Medical and sanitary report of the native army of Bengal for the year
Year: 1877
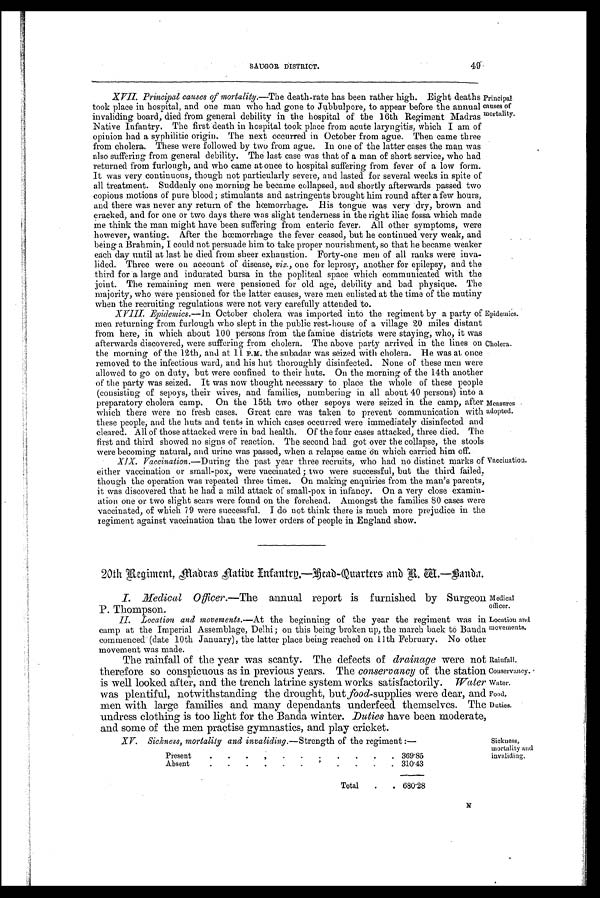
Epidemics.
Cholera.
49
SAUGOR DISTRICT.
XVII. Principal causes of mortality.—The death-rate has been rather high. Eight deaths
took place in hospital, and one man who had gone to Jubbulpore, to appear before the annual
invaliding board, died from general debility in the hospital of the 16th Regiment Madras
Native Infantry. The first death in hospital took place from acute laryngitis, which I am of
opinion had a syphilitic origin. The next occurred in October from ague. Then came three
from cholera. These were followed by two from ague. In one of the latter cases the man was
also suffering from general debility. The last case was that of a man of short service, who had
returned from furlough, and who came at once to hospital suffering from fever of a low form.
It was very continuous, though not particularly severe, and lasted for several weeks in spite of
all treatment. Suddenly one morning he became collapsed, and shortly afterwards passed two
copious motions of pure blood; stimulants and astringents brought him round after a few hours,
and there was never any return of the hœmorrhage. His tongue was very dry, brown and
cracked, and for one or two days there was slight tenderness in the right iliac fossa which made
me think the man might have been suffering from enteric fever. All other symptoms, were
however, wanting. After the hœmorrhage the fever ceased, but he continued very weak, and
being a Brahmin, I could not persuade him to take proper nourishment, so that he became weaker
each day until at last he died from sheer exhaustion. Forty-one men of all ranks were inva-
lided. Three were on account of disease, viz. , one for leprosy, another for epilepsy, and the
third for a large and indurated bursa in the popliteal space which communicated with the
joint. The remaining men were pensioned for old age, debility and bad physique. The
majority, who were pensioned for the latter causes, were men enlisted at the time of the mutiny
when the recruiting regulations were not very carefully attended to.
XVIII. Epidemics. —In October cholera Was imported into the regiment by a party of
men returning from furlough who slept in the public rest-house of a village 20 miles distant
from here, in which about 100 persons from the famine districts were staying, who, it was
afterwards discovered, were suffering from cholera. The above party arrived in the lines on
the morning of the 12th, and at 11 P.M. the subadar was seized with cholera. He was at once
removed to the infectious ward, and his hut thoroughly disinfected. None of these men were
allowed to go on duty, but were confined to their huts. On the morning of the 14th another
of the party was seized. It was now thought necessary to place the whole of these people
(consisting of sepoys, their wives, and families, numbering in all about 40 persons) into a
preparatory cholera camp. On the 15th two other sepoys were seized in the camp, after
which there were no fresh cases. Great care was taken to prevent communication with
these people; and the huts and tents in which cases occurred were immediately disinfected and
cleared. All of those attacked were in bad health. Of the four cases attacked, three died. The
first and third showed no signs of reaction. The second had got over the collapse, the stools
were becoming natural, and urine was passed, when a relapse came on which carried him off.
XIX. Vaccination.—During the past year three recruits, who had no distinct marks of
either vaccination or small-pox, were vaccinated; two were successful, but the third failed,
though the operation was repeated three times. On making enquiries from the man's parents,
it was discovered that he had a mild attack of small-pox in infancy. On a very close examin-
ation one or two slight scars were found on the forehead. Amongst the families 80 cases were
vaccinated, of which 79 were successful. I do not think there is much more prejudice in the
regiment against vaccination than the lower orders of people in England show.
20th Regiment, Madras Native Infantry.—Head-Quarters and R. W.—Banda.
I. Medical Officer.— The annual report is furnished by Surgeon
P. Thompson.
II. Location and movements. —At the beginning of the year the regiment was in
camp at the Imperial Assemblage, Delhi; on this being broken up, the march to Banda
commenced (date 10th January), the latter place being reached on 11th February. No other
movement was made.
The rainfall of the year was scanty. The defects of drainage were not
therefore so conspicuous as in previous years. The conservancy of the station
is well looked after, and the trench latrine system works satisfactorily. Water
was plentiful, notwithstanding the drought, but food-supplies were dear, and
men with large families and many dependants underfeed themselves. The
undress clothing is too light for the Banda winter. Duties have been moderate,
and some of the men practise gymnastics, and play cricket.
XV. Sickness, mortality and invaliding. —Strength of the regiment :—
Present
.
.
.
.
.
.
.
.
.
. . 369.85
Absent
.
.
.
.
.
.
.
.
.
.
. 310.43
Total
.
. 680.28
Measures
adopted.
Vaccination.
Medical
officer.
Location and
movements.
Rainfall.
Conservancy.
Water.
Food.
Duties.
Sickness,
mortality and
invaliding.
Principal
causes of
mortality.